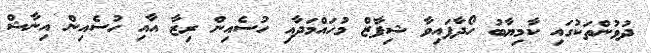
ދުވުންތަކުގައި ކާމިޔާބު ހޯދާފައިވާ ޝިފާޒް މުހައްމަދާއި ހުސެއިން ރިޒާ އާއި ހުސެއިން އިނާޝް